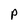
Character: P